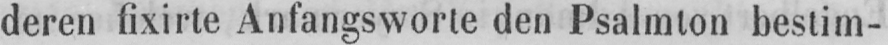
deren fixirte Anfangsworte den Psalmton bestim-